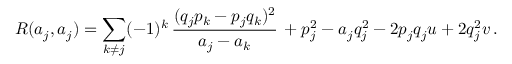
R ( a _ { j } , a _ { j } ) = \sum _ { k \neq j } ( - 1 ) ^ { k } \, { \frac { ( q _ { j } p _ { k } - p _ { j } q _ { k } ) ^ { 2 } } { a _ { j } - a _ { k } } } \, + p _ { j } ^ { 2 } - a _ { j } q _ { j } ^ { 2 } - 2 p _ { j } q _ { j } u + 2 q _ { j } ^ { 2 } v \, .